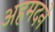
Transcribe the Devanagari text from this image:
अहमदने